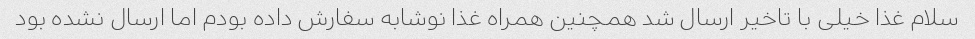
سلام غذا خیلی با تاخیر ارسال شد همچنین همراه غذا نوشابه سفارش داده بودم اما ارسال نشده بود